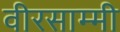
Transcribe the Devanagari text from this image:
वीरसाम्मी